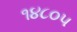
૧૪૮૦૫